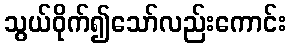
သွယ်ဝိုက်၍သော်လည်းကောင်း